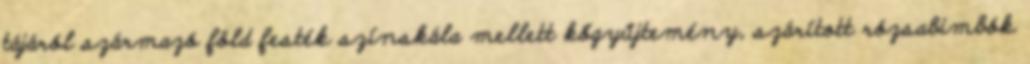
tájáról származó föld festék színskála mellett kőgyűjtemény, szárított rózsabimbók